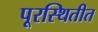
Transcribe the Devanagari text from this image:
पूरस्थितीत